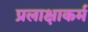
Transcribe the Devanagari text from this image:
प्रलाक्षाकर्म